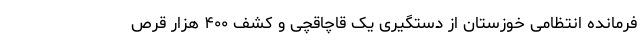
فرمانده انتظامی خوزستان از دستگیری یک قاچاقچی و کشف ۴۰۰ هزار قرص